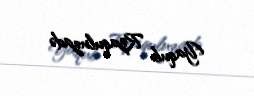
Yaqub Rzaquluzadə